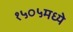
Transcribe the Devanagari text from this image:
१५०५मध्ये